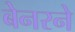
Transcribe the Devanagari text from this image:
बेनरने